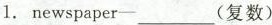
1. newspaper-___(复数)